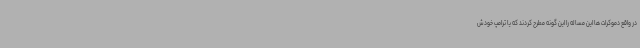
در واقع دموکرات ها این مساله را این گونه مطرح کردند که یا ترامپ خودش